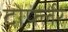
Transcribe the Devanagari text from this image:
दोर्फ्लेर